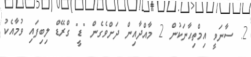
2. ސާނަވީ އިމްތިޙާނަކުން 2 މާއްދާއިން ދަށްވެގެން "ޑީ" ގްރޭޑް ލިބިފައި ވުމާއެކު